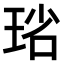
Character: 𤥮